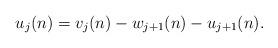
LaTeX: \begin{align*}u_j(n)=v_j(n)-w_{j+1}(n)-u_{j+1}(n).\end{align*}